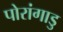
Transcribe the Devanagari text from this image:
पोरांगाडु